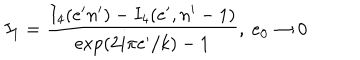
I _ { 1 } = \frac { I _ { 4 } ( e ^ { \prime } n ^ { \prime } ) - I _ { 4 } ( e ^ { \prime } , n ^ { \prime } - 1 ) } { \mathrm { e x p } ( 2 i \pi e ^ { \prime } / k ) - 1 } , \ e _ { 0 } \rightarrow 0